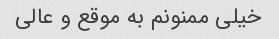
خیلی ممنونم به موقع و عالی